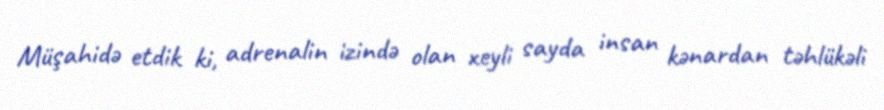
Müşahidə etdik ki, adrenalin izində olan xeyli sayda insan kənardan təhlükəli